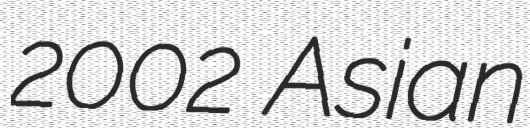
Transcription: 2002 Asian